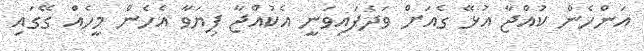
އަންހެން ކުއްޖާ އުޅޭ ގެއަށް ވަދެފައިވަނީ އެކުއްޖާ ފިޔަވާ އެހެން މީހެއް ގޭގައި